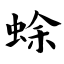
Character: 蜍